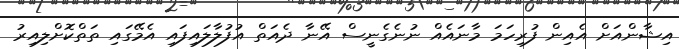
އިޝާންއަށް އެއިން ފުރިހަމަ މާނައެއް ނުނެގެނީސް އޭނާ ދެއަތް އުފުލާލައިފައި އެމޭގައި ތަތްކޮށްލިއިރު